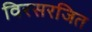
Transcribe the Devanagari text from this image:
विरसरजित